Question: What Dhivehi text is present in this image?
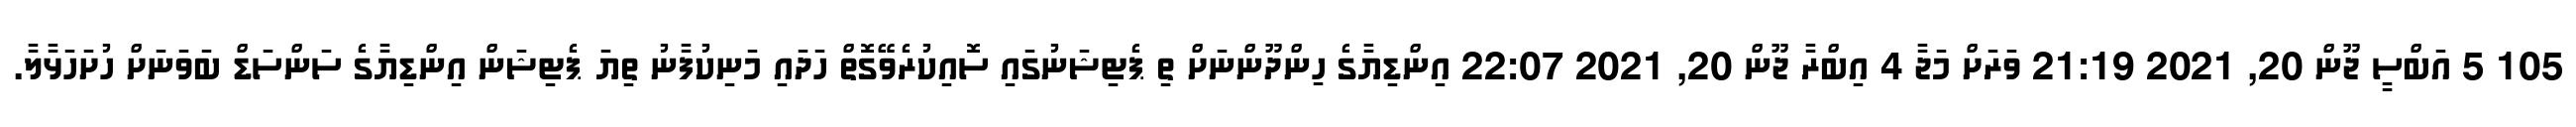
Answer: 105 5 އަބްސީ ޖޫން 20, 2021 21:19 ވަރަށް މަޖާ 4 އިބްރާ ޖޫން 20, 2021 22:07 އިންޑިޔާގެ ހިންދޫންނަށް ތި ޕެޓިޝަނުގައި ސޮއިކުރެވޭގޮތް ހަދައި މަނިކުފާނު ތިޔަ ޕެޓިޝަން އިންޑިޔާގެ ސަންސަޑް ބަވަނަށް ހުށަހަޅާލާ.